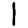
Digit: 1